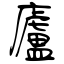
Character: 廬